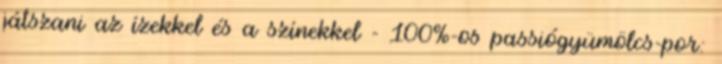
játszani az ízekkel és a színekkel - 100%-os passiógyümölcs-por: